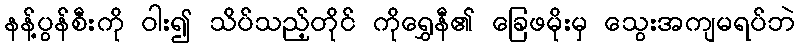
နန့်ပွန်စီးကို ဝါး၍ သိပ်သည့်တိုင် ကိုရွှေနီ၏ ခြေဖမိုးမှ သွေးအကျမရပ်ဘဲ